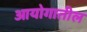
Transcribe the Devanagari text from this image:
आयोगातील